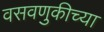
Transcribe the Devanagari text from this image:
वसवणुकीच्या